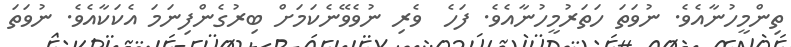
ތިންމީހުނާއެވެ. ނުވަތަ ހަތަރުމީހުނާއެވެ. ފަހެ  ވެރި ނުވެވޭނެކަމަށް ބިރުގެންފިނަމަ އެކަކާއެވެ. ނުވަތަ